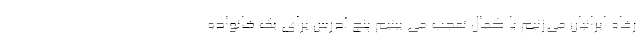
رفاه ایرانیان می‌زنیم با کمال تعجب می بینیم پنج آدرس برای یک خانواده